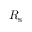
R _ { \mathrm { s } }